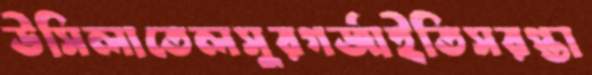
উসিলাতেলসুরগর্জাইতিসরপ্তা